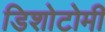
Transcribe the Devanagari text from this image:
डिशोटोमी